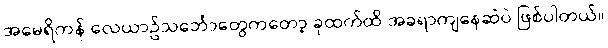
အမေရိကန် လေယာဥ်သင်္ဘောတွေကတော့ ခုထက်ထိ အခရာကျနေဆဲပဲ ဖြစ်ပါတယ်။